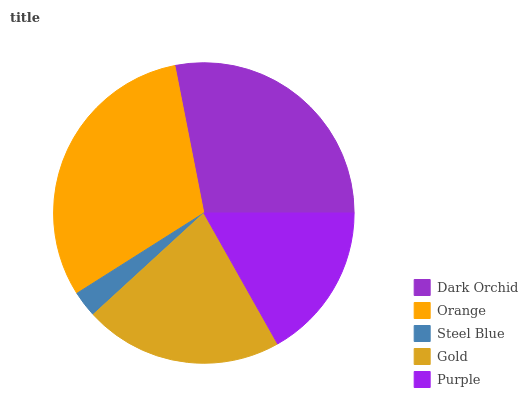
| Dark Orchid | Orange | Steel Blue | Gold | Purple |
 | --- | --- | --- | --- | --- |
 | 28% | 30.9% | 2.84% | 21.3% | 16.9% |